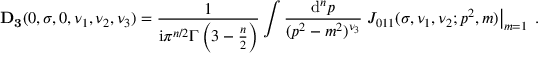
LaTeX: { \bf D _ { 3 } } ( 0 , \sigma , 0 , \nu _ { 1 } , \nu _ { 2 } , \nu _ { 3 } ) = \frac { 1 } { \mathrm { i } \pi ^ { n / 2 } \Gamma \left( 3 - \frac { n } { 2 } \right) } \int \frac { \mathrm { d } ^ { n } p } { ( p ^ { 2 } - m ^ { 2 } ) ^ { \nu _ { 3 } } } \left. J _ { 0 1 1 } ( \sigma , \nu _ { 1 } , \nu _ { 2 } ; p ^ { 2 } , m ) \right| _ { m = 1 } \; .